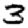
Digit: 3